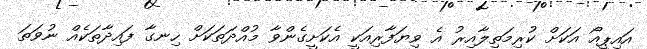
އައިޕީއޯ އަކަށް ކުރިމަތިލާއިރު އެ ވިޔަފާރިއަކީ އެކަށީގެންވާ މުއްދަތަކަށް ހިނގާ ފައިދާތަކެއް ނުވަތަ